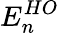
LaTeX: E_{n}^{HO}